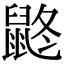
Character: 鼨